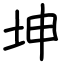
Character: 坤